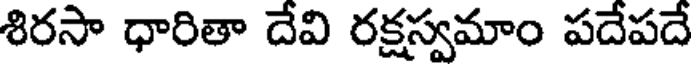
శిరసా ధారితా దేవి రక్షస్వమాం పదేపదే